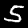
Digit: 5